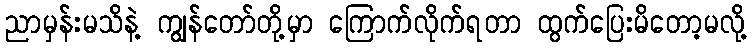
ညာမှန်းမသိနဲ့ ကျွန်တော်တို့မှာ ကြောက်လိုက်ရတာ ထွက်ပြေးမိတော့မလို့